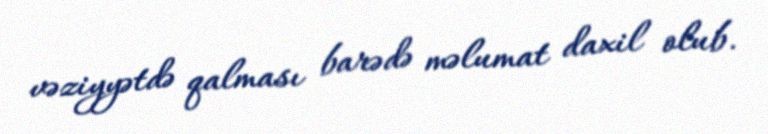
vəziyyətdə qalması barədə məlumat daxil olub.